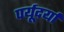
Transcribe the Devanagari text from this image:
पर्यूदर्या